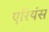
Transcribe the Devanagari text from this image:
एरियंस